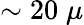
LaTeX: \sim 20\; \mu